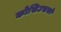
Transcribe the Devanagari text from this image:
कोसिउसको